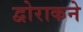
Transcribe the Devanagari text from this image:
द्वोराकने